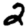
Digit: 2